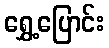
ရွှေ့ပြောင်း